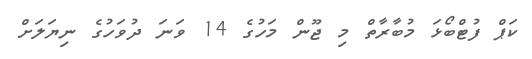
ކަޕް ފުޓްބޯޅަ މުބާރާތް މި ޖޫން މަހުގެ 14 ވަނަ ދުވަހުގެ ނިޔަލަށް